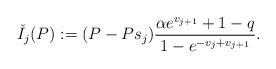
LaTeX: \begin{align*}\check{I}_{j}(P):=(P-Ps_{j})\frac{\alpha e^{v_{j+1}}+1-q}{1-e^{-v_{j}+v_{j+1}}}. \end{align*}